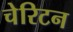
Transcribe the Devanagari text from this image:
चेरिटन